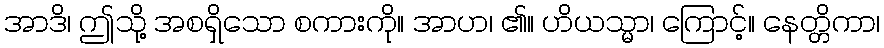
အာဒိ၊ ဤသို့ အစရှိသော စကားကို။ အာဟ၊ ၏။ ဟိယသ္မာ၊ ကြောင့်။ နေတ္တိကာ၊